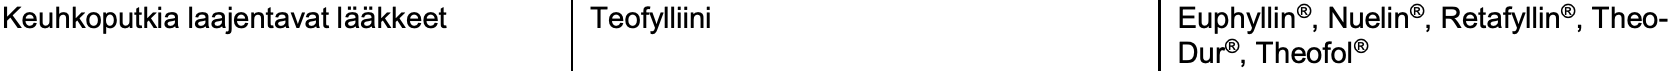
Keuhkoputkia laajentavat lääkkeet Teofylliini Euphyllin®, Nuelin®, Retafyllin®, Theo- Dur®, Theofol®